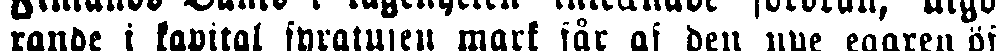
rande i kapital fyratusen mark får af den nye egaren öf